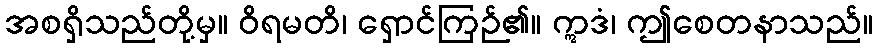
အစရှိသည်တို့မှ။ ဝိရမတိ၊ ရှောင်ကြဉ်၏။ ဣဒံ၊ ဤစေတနာသည်။